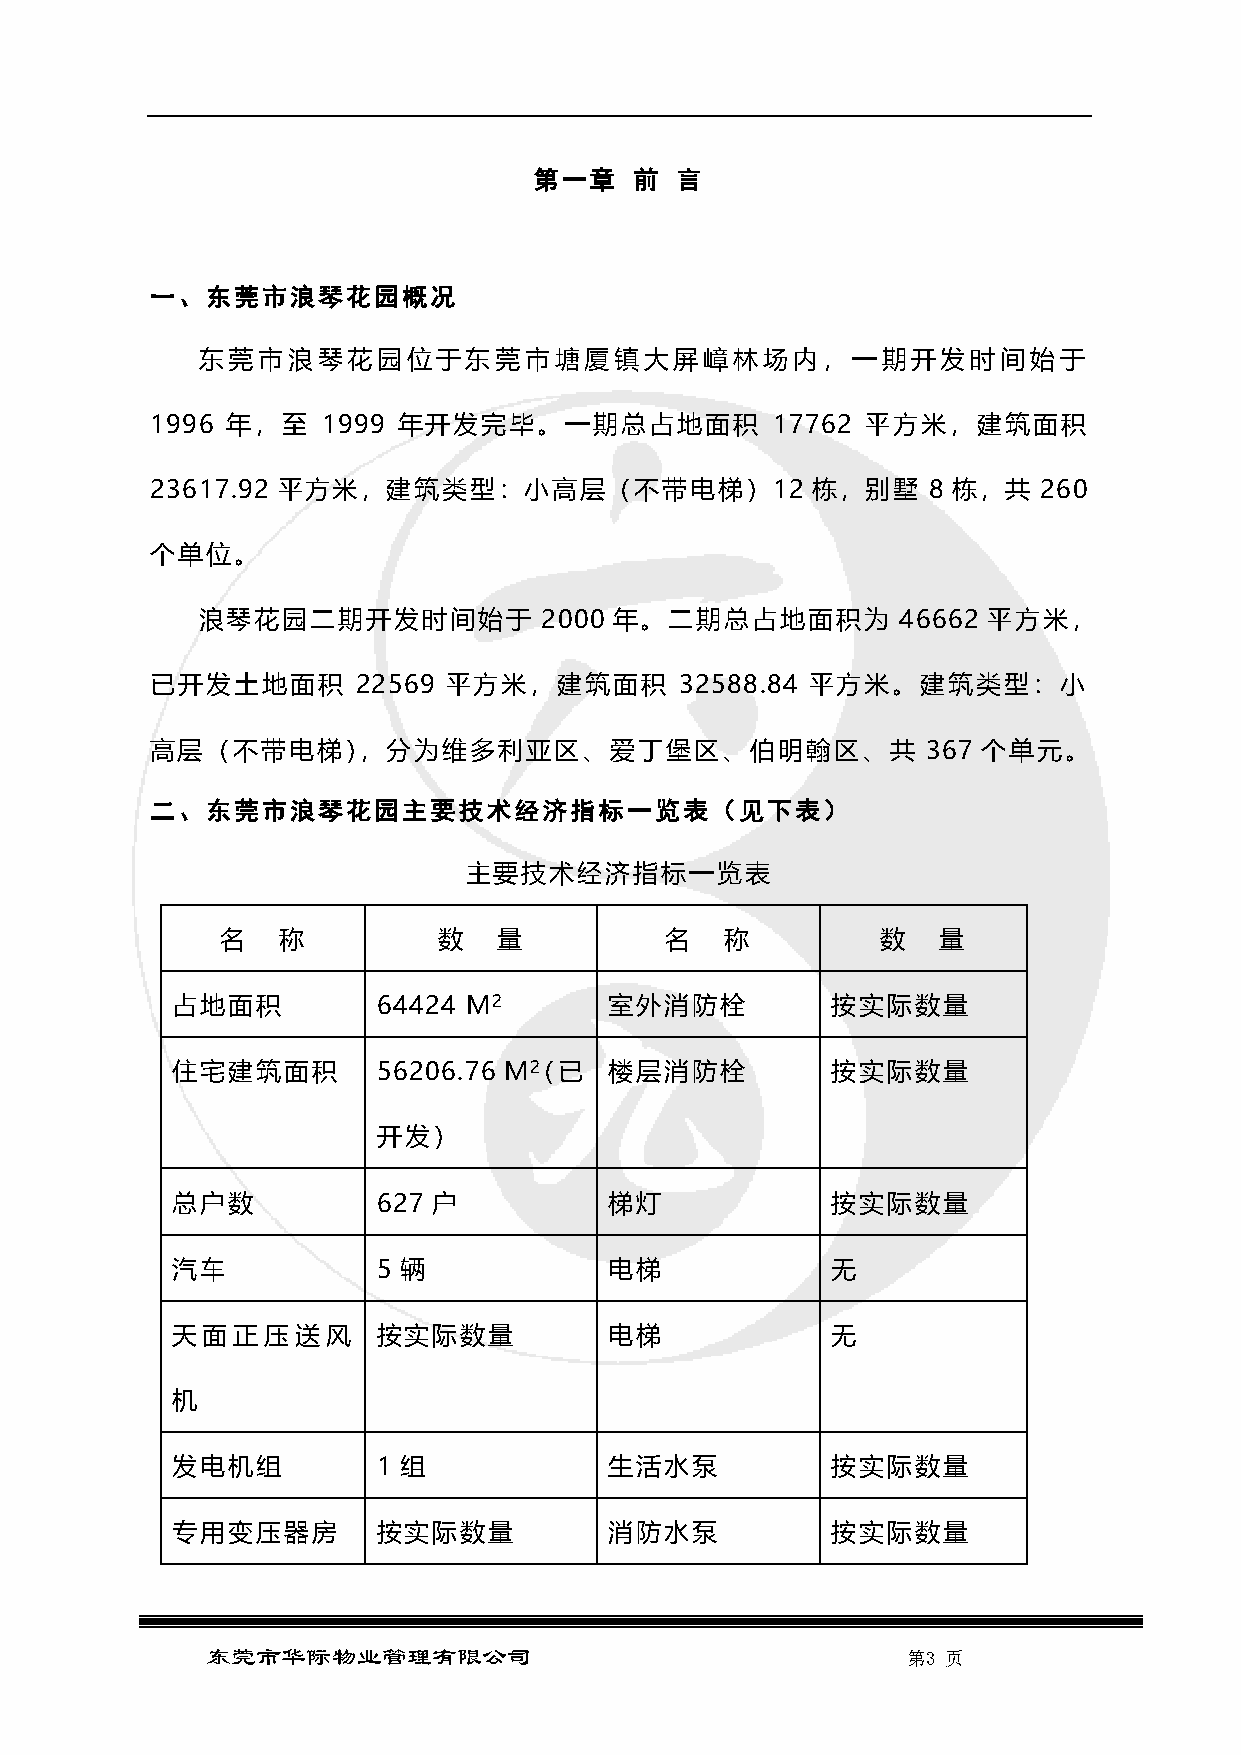
第一章    前  言
 一、东莞市浪琴花园概况
 东莞市浪琴花园位于东莞市塘厦镇大屏嶂林场内，一期开发时间始于
 1996 年，至   1999 年开发完毕。一期总占地面积            17762 平方米，建筑面积
 23617.92 平方米，建筑类型：小高层（不带电梯）12               栋，别墅   8 栋，共   260
 个单位。
 浪琴花园二期开发时间始于           2000 年。二期总占地面积为         46662 平方米，
 已开发土地面积       22569 平方米，建筑面积       32588.84 平方米。建筑类型：小
 高层（不带电梯），分为维多利亚区、爱丁堡区、伯明翰区、共                       367 个单元。
 二、东莞市浪琴花园主要技术经济指标一览表（见下表）
 主要技术经济指标一览表
 名  称          数   量          名   称         数   量
 占地面积          64424 M2       室外消防栓          按实际数量
 住宅建筑面积        56206.76 M（2 已 楼层消防栓          按实际数量
 开发）
 总户数           627 户          梯灯             按实际数量
 汽车            5 辆            电梯             无
 天面正压送风        按实际数量          电梯             无
 机
 发电机组          1 组            生活水泵           按实际数量
 专用变压器房        按实际数量          消防水泵           按实际数量
 东莞市华际物业管理有限公司                                 第3 页